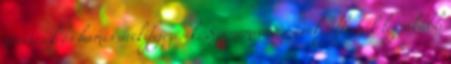
nevetések és hamis arckifejezések. Számomra e szavak jellemzik leginkább